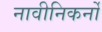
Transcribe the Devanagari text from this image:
नावीनिकर्नों